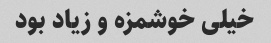
خیلی خوشمزه و زیاد بود